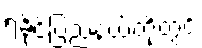
ရခိုင်ပြည်နယ်တို့တွင်